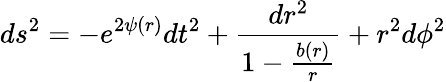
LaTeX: ds^{2}=-e^{2\psi(r)}dt^{2}+\frac{dr^{2}}{1-\frac{b(r)}{r}}+r^{2}d\phi^{2}